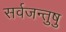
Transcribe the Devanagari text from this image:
सर्वजन्तुषु